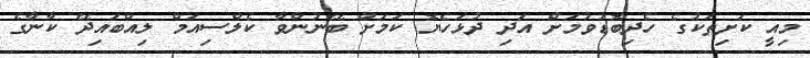
މިއީ ކަށިތަކުގެ ހެދިބޮޑުވުމަށް އަދި ދުޅަހެޔޮ ކަމަށް ބޭނުންވާ ކެލްސިއަމް ލިއްބައިދޭ ކާނާގެ